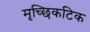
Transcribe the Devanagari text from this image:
मृच्छिकटिक